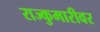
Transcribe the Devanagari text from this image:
राज्कुमारीवर